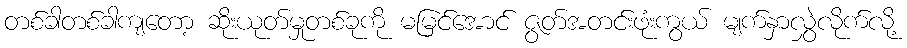
တစ်ခါတစ်ခါကျတော့ ဆိုးယုတ်မှုတစ်ခုကို မမြင်အောင် ဇွတ်အတင်းဖုံးကွယ် မျက်နှာလွှဲလိုက်လို့